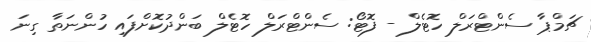
ޗަމްޕާ ސެންޓްރަލް ހޮޓެލް - ފޮޓޯ: ސެންޓްރަލް ހޮޓެލް ބަންދުކޮށްފައި ހުންނަތާ ގިނަ